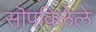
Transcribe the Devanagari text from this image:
सॊपविलेले